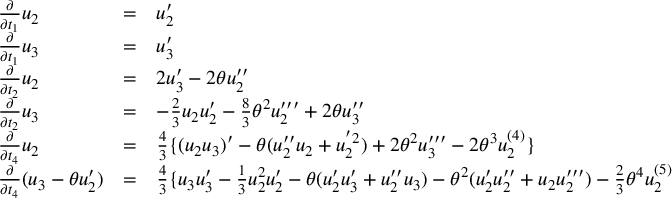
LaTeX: \begin{array} { l c l } { { \frac { \partial } { \partial t _ { 1 } } { u _ { 2 } } } } & { { = } } & { { { u _ { 2 } ^ { \prime } } } } \\ { { \frac { \partial } { \partial t _ { 1 } } { u _ { 3 } } } } & { { = } } & { { { u _ { 3 } ^ { \prime } } } } \\ { { \frac { \partial } { \partial t _ { 2 } } { u _ { 2 } } } } & { { = } } & { { 2 { u _ { 3 } ^ { \prime } } - 2 \theta u _ { 2 } ^ { \prime \prime } } } \\ { { \frac { \partial } { \partial t _ { 2 } } { u _ { 3 } } } } & { { = } } & { { - \frac { 2 } { 3 } u _ { 2 } u _ { 2 } ^ { \prime } - \frac { 8 } { 3 } \theta ^ { 2 } u _ { 2 } ^ { \prime \prime \prime } + 2 \theta u _ { 3 } ^ { \prime \prime } } } \\ { { \frac { \partial } { \partial t _ { 4 } } { u _ { 2 } } } } & { { = } } & { { \frac { 4 } { 3 } \{ ( u _ { 2 } u _ { 3 } ) ^ { \prime } - \theta ( u _ { 2 } ^ { \prime \prime } u _ { 2 } + u _ { 2 } ^ { ' 2 } ) + 2 { \theta } ^ { 2 } u _ { 3 } ^ { \prime \prime \prime } - 2 { \theta } ^ { 3 } u _ { 2 } ^ { ( 4 ) } \} } } \\ { { \frac { \partial } { \partial t _ { 4 } } { ( u _ { 3 } - \theta u _ { 2 } ^ { \prime } ) } } } & { { = } } & { { \frac { 4 } { 3 } \{ u _ { 3 } u _ { 3 } ^ { \prime } - \frac { 1 } { 3 } u _ { 2 } ^ { 2 } u _ { 2 } ^ { \prime } - \theta ( u _ { 2 } ^ { \prime } u _ { 3 } ^ { \prime } + u _ { 2 } ^ { \prime \prime } u _ { 3 } ) - \theta ^ { 2 } ( u _ { 2 } ^ { \prime } u _ { 2 } ^ { \prime \prime } + u _ { 2 } u _ { 2 } ^ { \prime \prime \prime } ) - \frac { 2 } { 3 } \theta ^ { 4 } u _ { 2 } ^ { ( 5 ) } . } } \end{array}